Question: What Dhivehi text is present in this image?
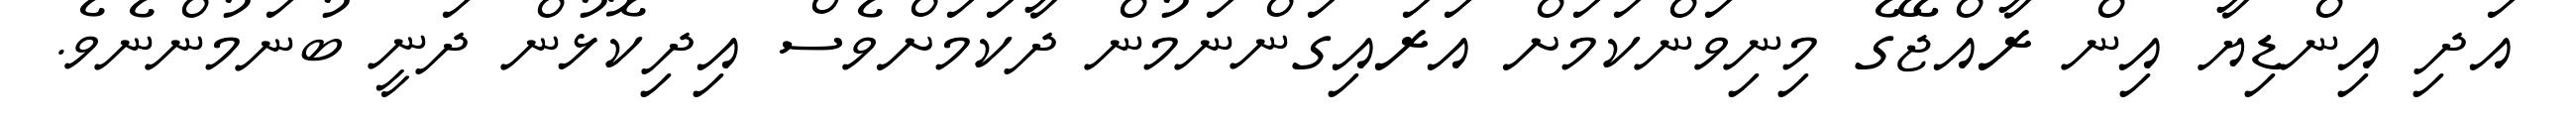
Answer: އަދި އިންޑިޔާ އިން ރާއްޖޭގެ މިނިވަންކަމަށް އަރައިގަންނަމުން ދާކަމަށްވެސް އިދިކޮޅުން ދަނީ ބުނަމުންނެވެ.